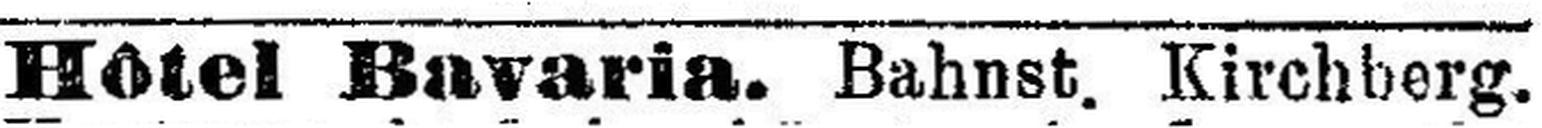
Hôtel Bavaria. Bahnst. Kirchberg.